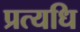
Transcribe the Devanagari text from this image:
प्रत्यधि